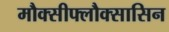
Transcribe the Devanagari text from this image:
मौक्सीफ्लौक्सासिन